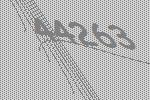
44263